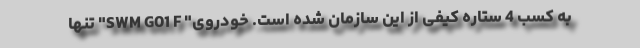
به کسب 4 ستاره کیفی از این سازمان شده است. خودروی" SWM G01 F" تنها